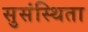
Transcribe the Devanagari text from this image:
सुसंस्थिता